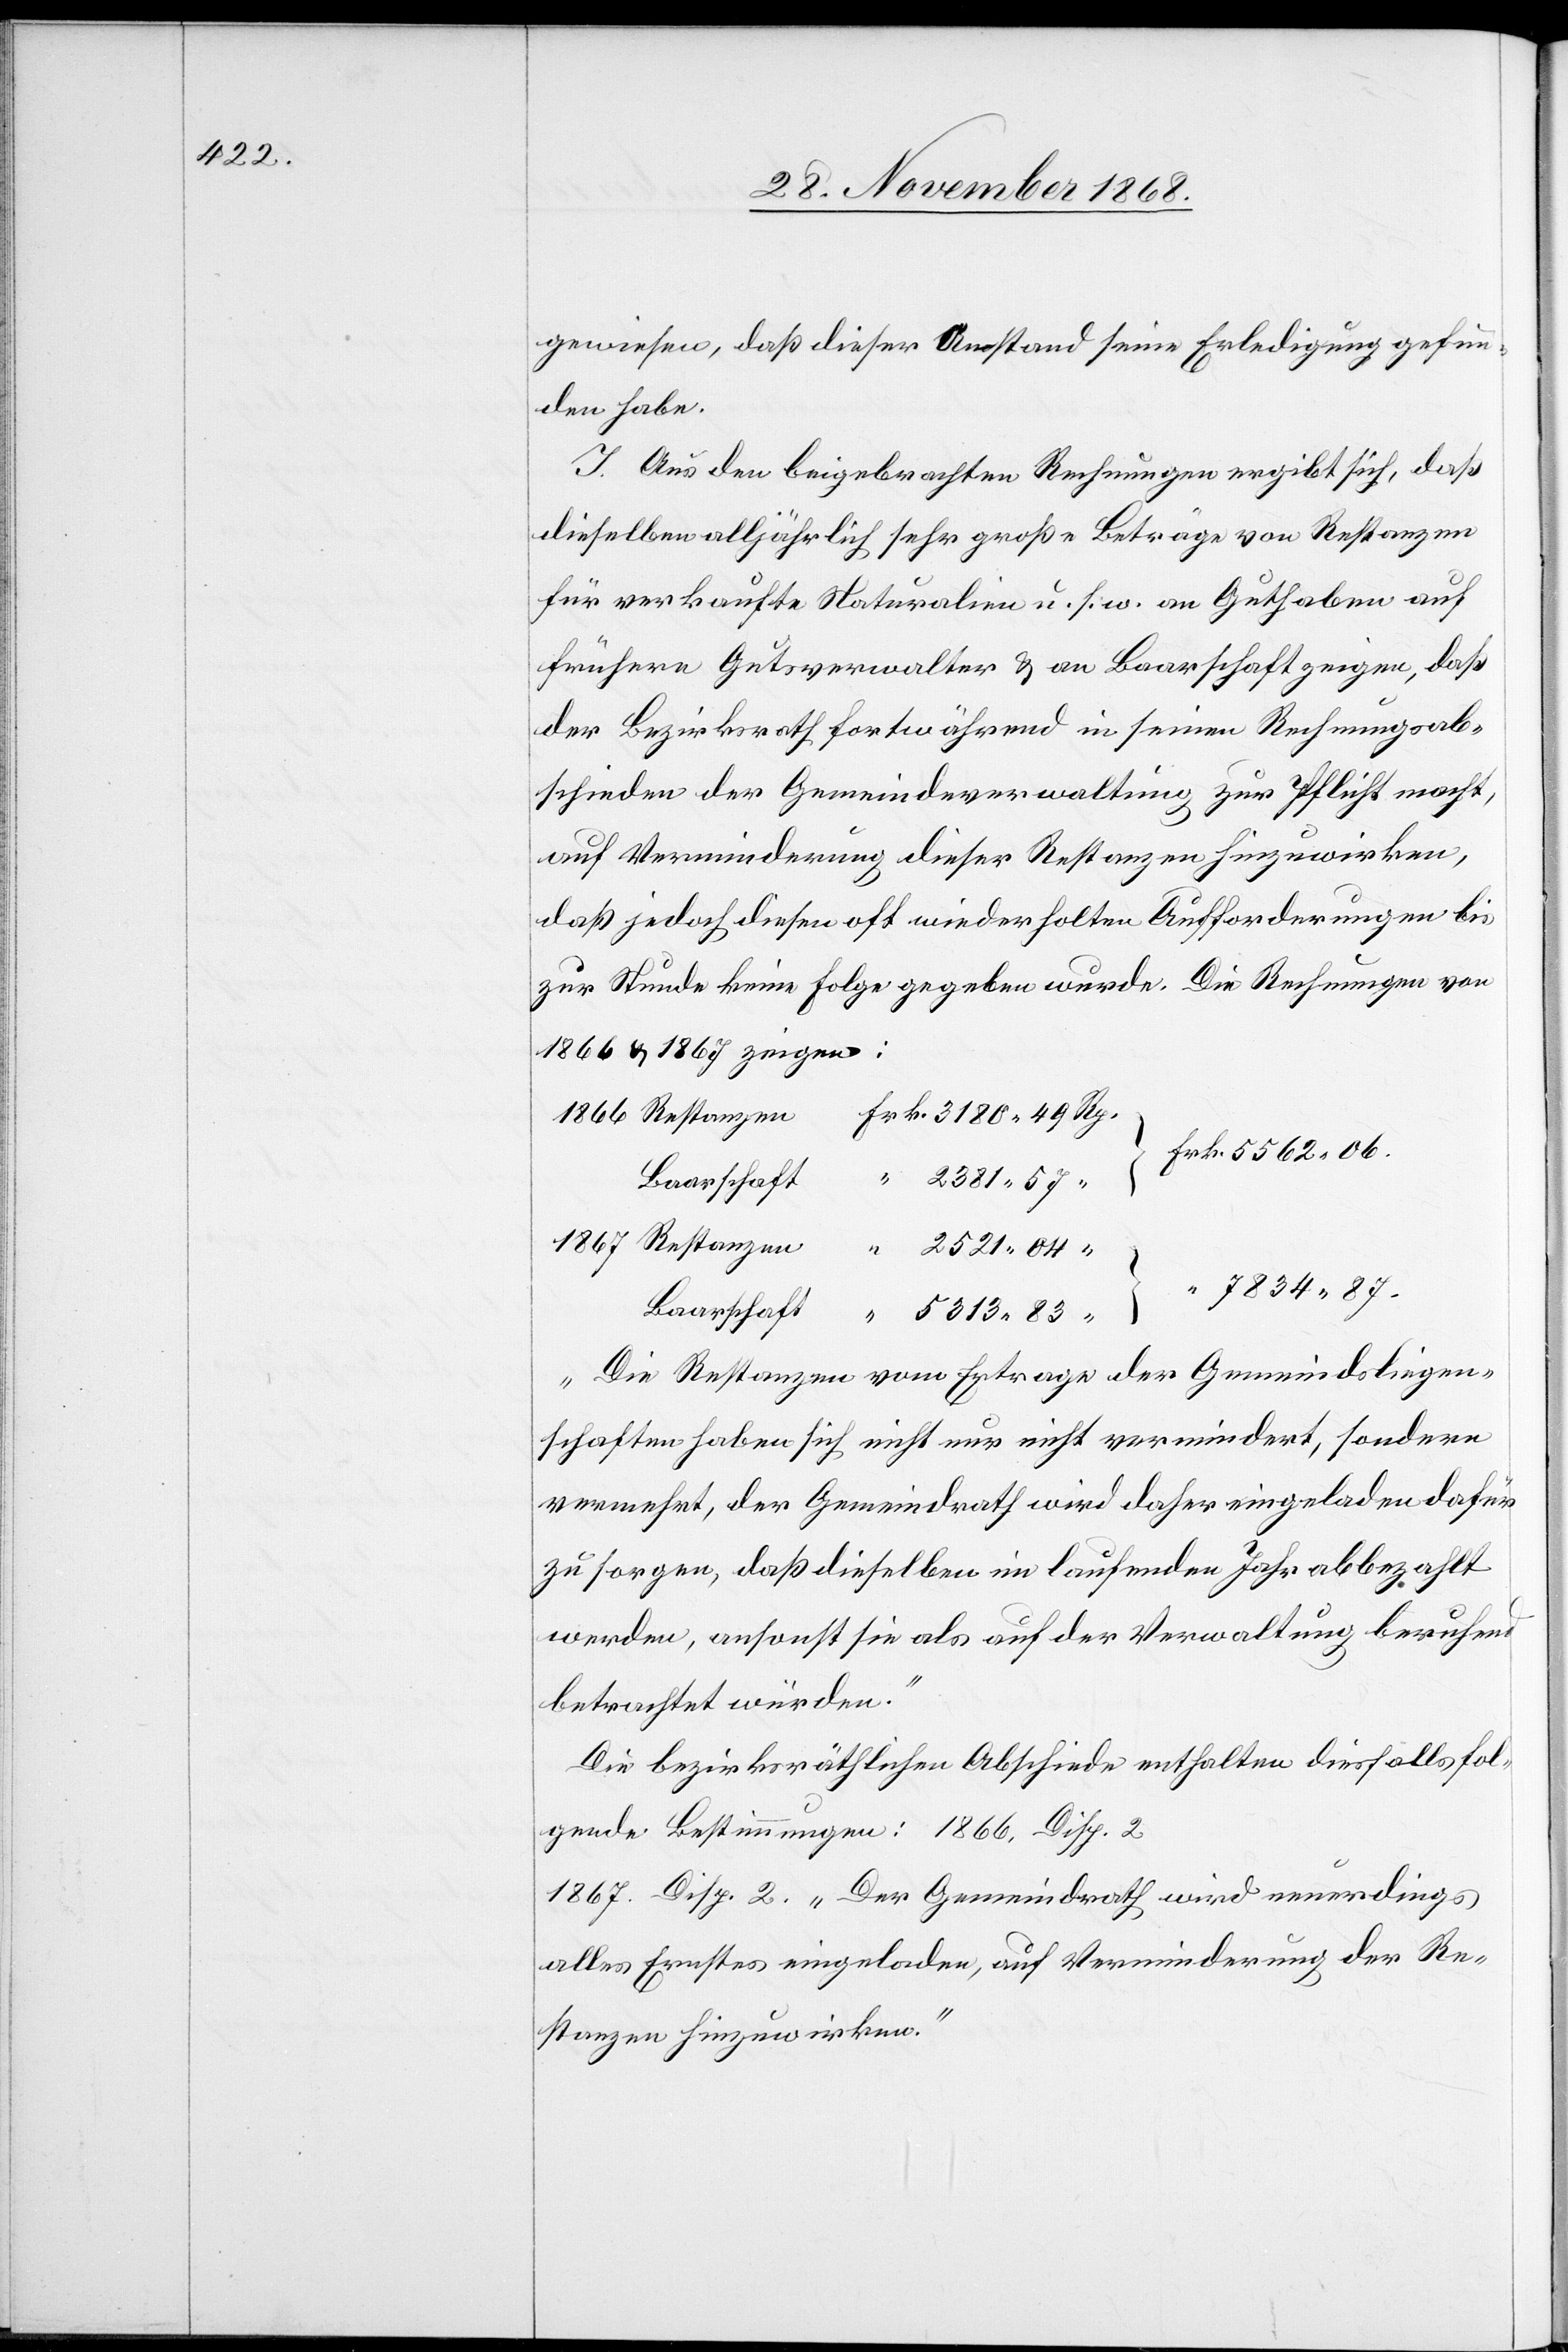
gewiesen, daß dieser Umstand seine Erledigung gefun¬
den habe.
I. Aus den beigebrachten Rechnungen ergibt sich, daß
dieselben alljährlich sehr große Beträge von Restanzen
für verkaufte Naturalien u. s. w. an Guthaben auf
frühere Gutsverwalter & an Baarschaft zeigen, daß
der Bezirksrath fortwährend in seinen Rechnungsab¬
schieden der Gemeindeverwaltung zur Pflicht macht,
auf Verminderung dieser Restanzen hinzuwirken,
daß jedoch diesen oft wiederholten Aufforderungen bis
zur Stunde keine Folge gegeben wurde. Die Rechnungen von
1866 & 1867 zeigen:
Frk. 5562 06.
„Die Restanzen vom Ertrage der Gemeindsliegen¬
schaften haben sich nicht nur nicht vermindert, sondern
vermehrt, der Gemeindrath wird daher eingeladen dafür
zu sorgen, daß dieselben im laufenden Jahr abbezahlt
werden, ansonst sie als auf der Verwaltung beruhend
betrachtet würden.“
Die bezirksräthlichen Abschiede enthalten diesfalls fol¬
gende Bestimmungen: 1866, Disp. 2
1867. Disp. 2. „Der Gemeindrath wird neuerdings
alles Ernstes eingeladen, auf Verminderung der Re¬
stanzen hinzuwirken.“